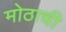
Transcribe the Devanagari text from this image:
मोठाची